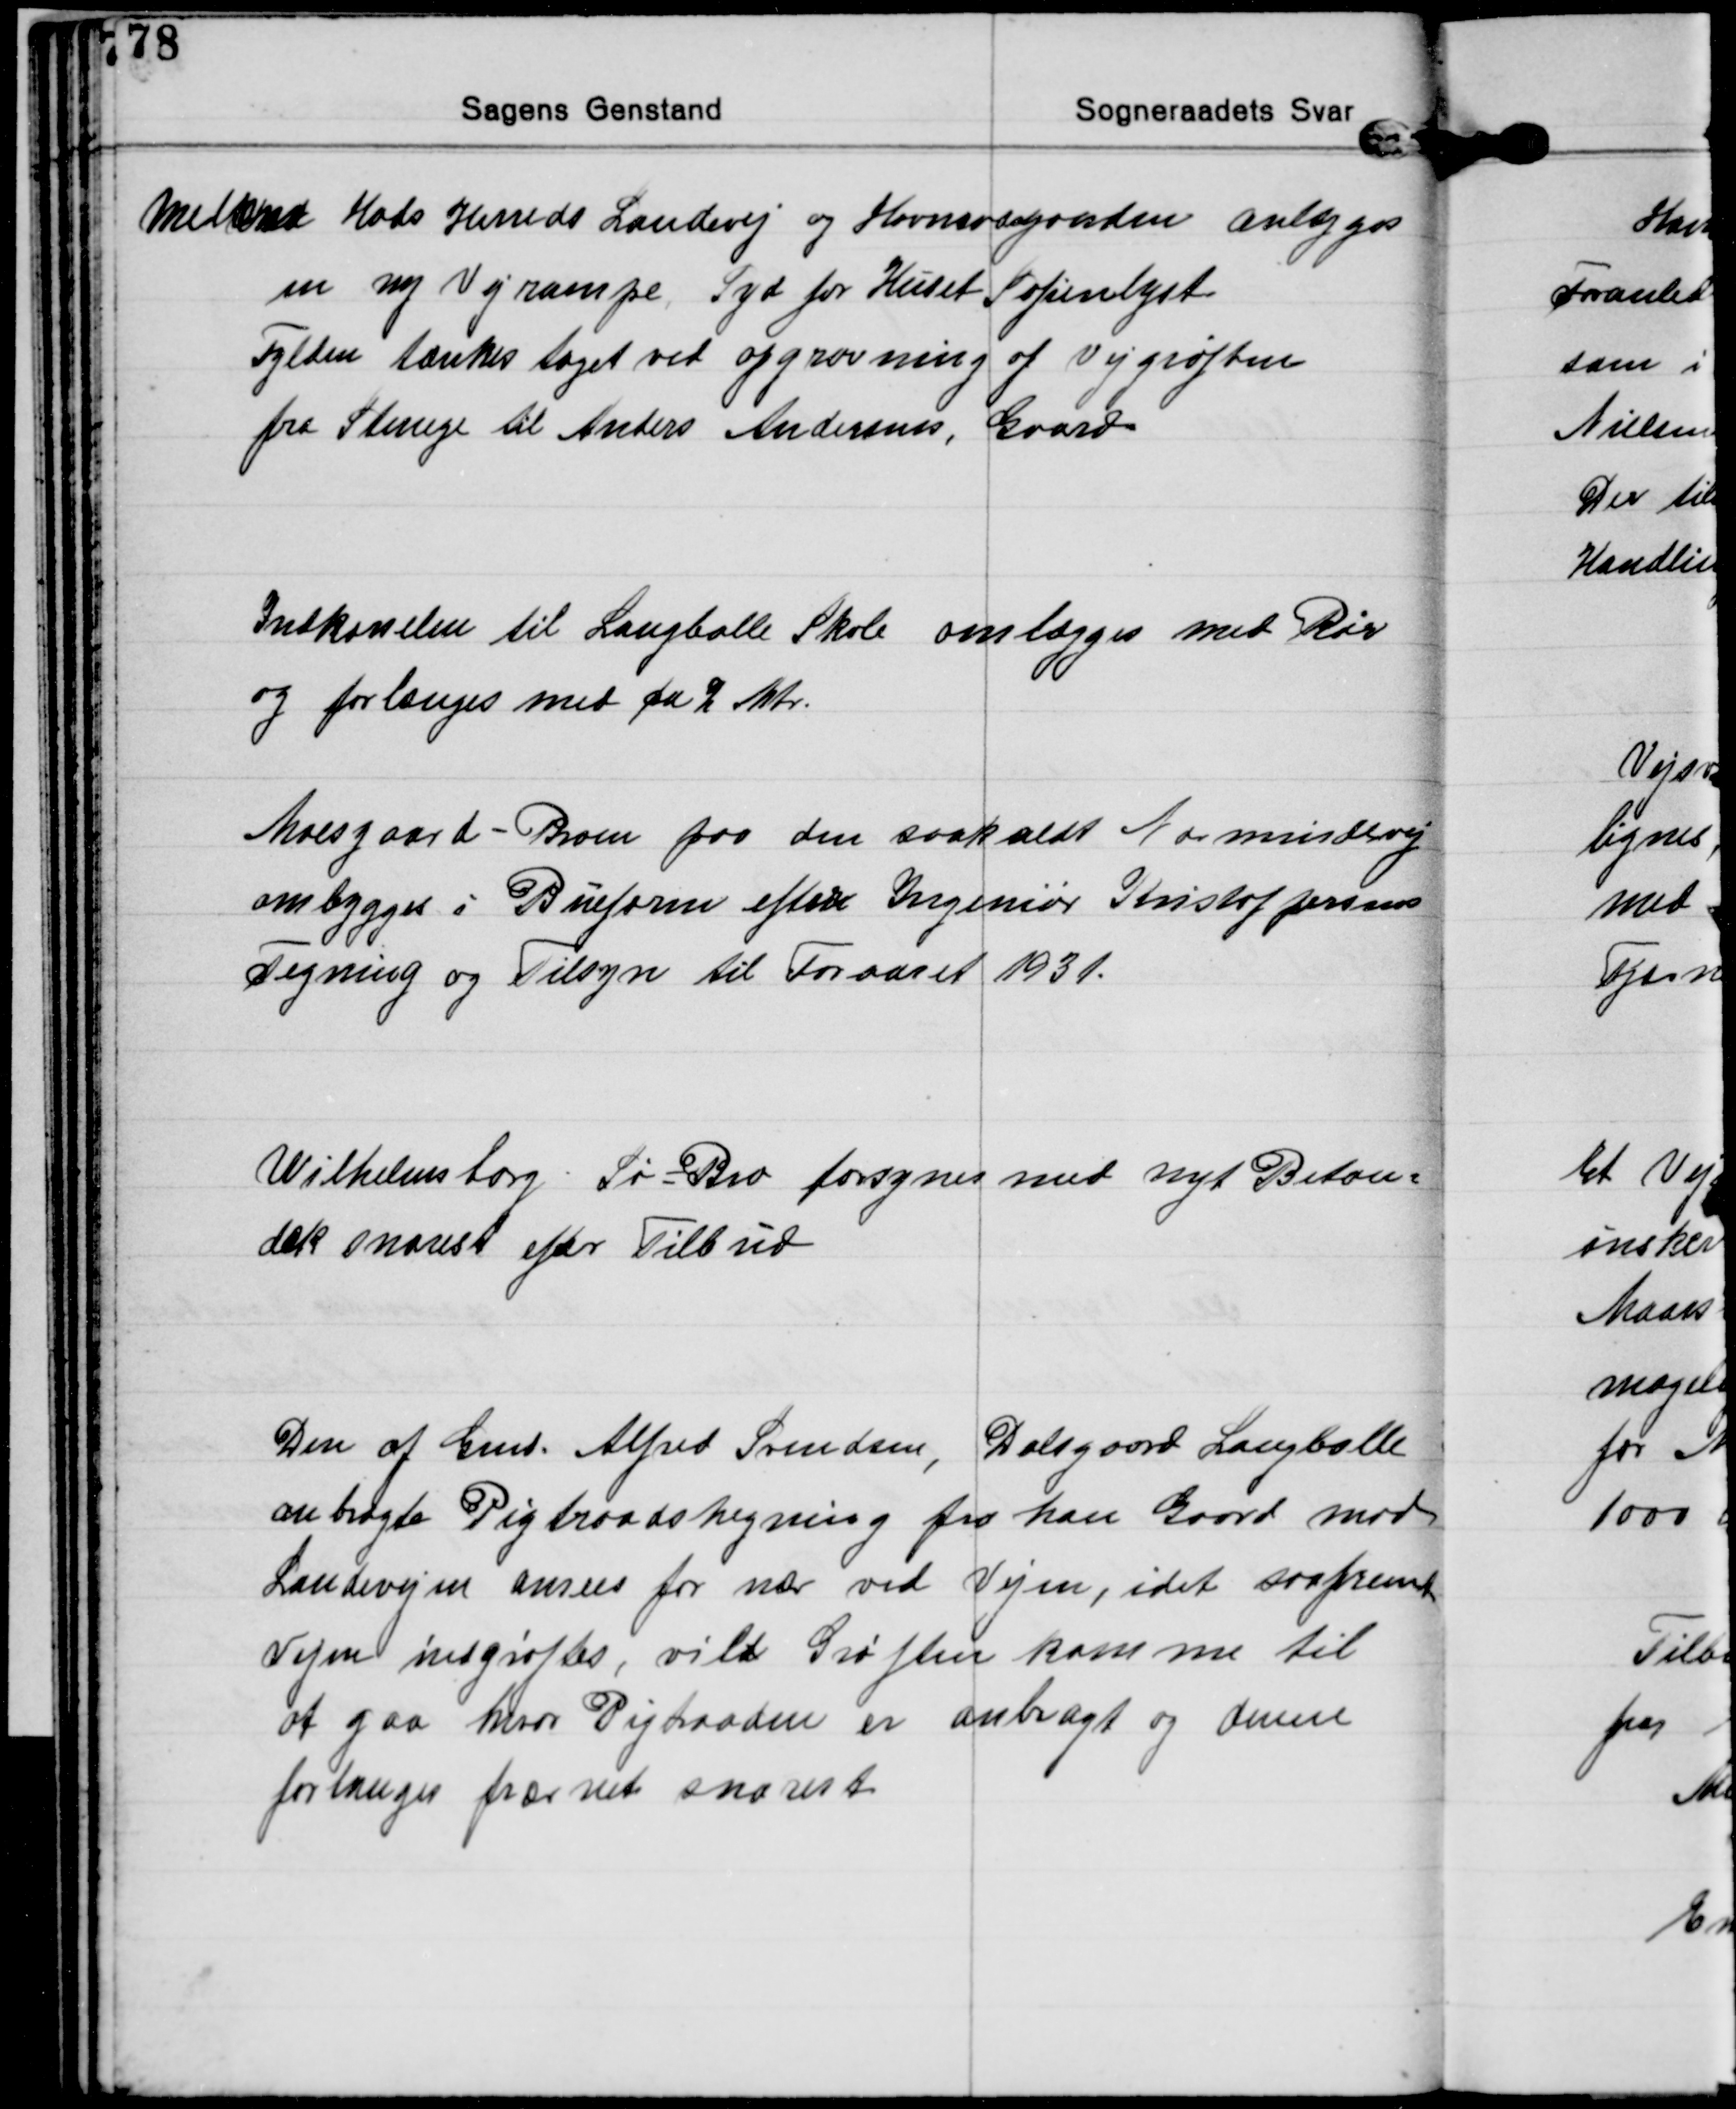
Transskription:
Mellem Hads Herreds Landevej og Havmosegaarden anlægges
en ny Vejrampe, Syd for Huset Sofienlyst
Fylden tænkes taget ved opgravning af Vejgrøften
fra Stenege til Anders Andersens, Gaard

Indkørselen til Langballe Skole omlægges med Rør
og forlænges med ca 2 Mtr.

Moesgaard - Broen paa den saakaldt Normindevej
ombygges i Bueform efter Ingeniør Kristoffersens
Tegning og Tilsyn til Foraaret 1931.

Wilhelmsborg. Sø=Bro forsynes med nyt Beton=
dæk snarest efter Tilbud

Den af Gmd. Alfred Svendsen, Dalsgaard Langballe
anbragte Pigtraadshegning fra han Gaard mod
Landevejen ansees for nær ved Vejen, idet saafremt
Vejen indgrøftes, vild Grøften komme til
af gaa hvor Pigtraaden er anbragt og denne
forlanges frærnet snarest.